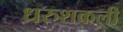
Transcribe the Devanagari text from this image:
धरुशकली